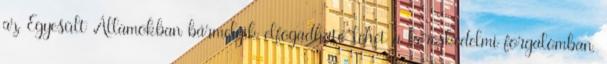
az Egyesült Államokban bármelyik elfogadható lehet a kereskedelmi forgalomban,